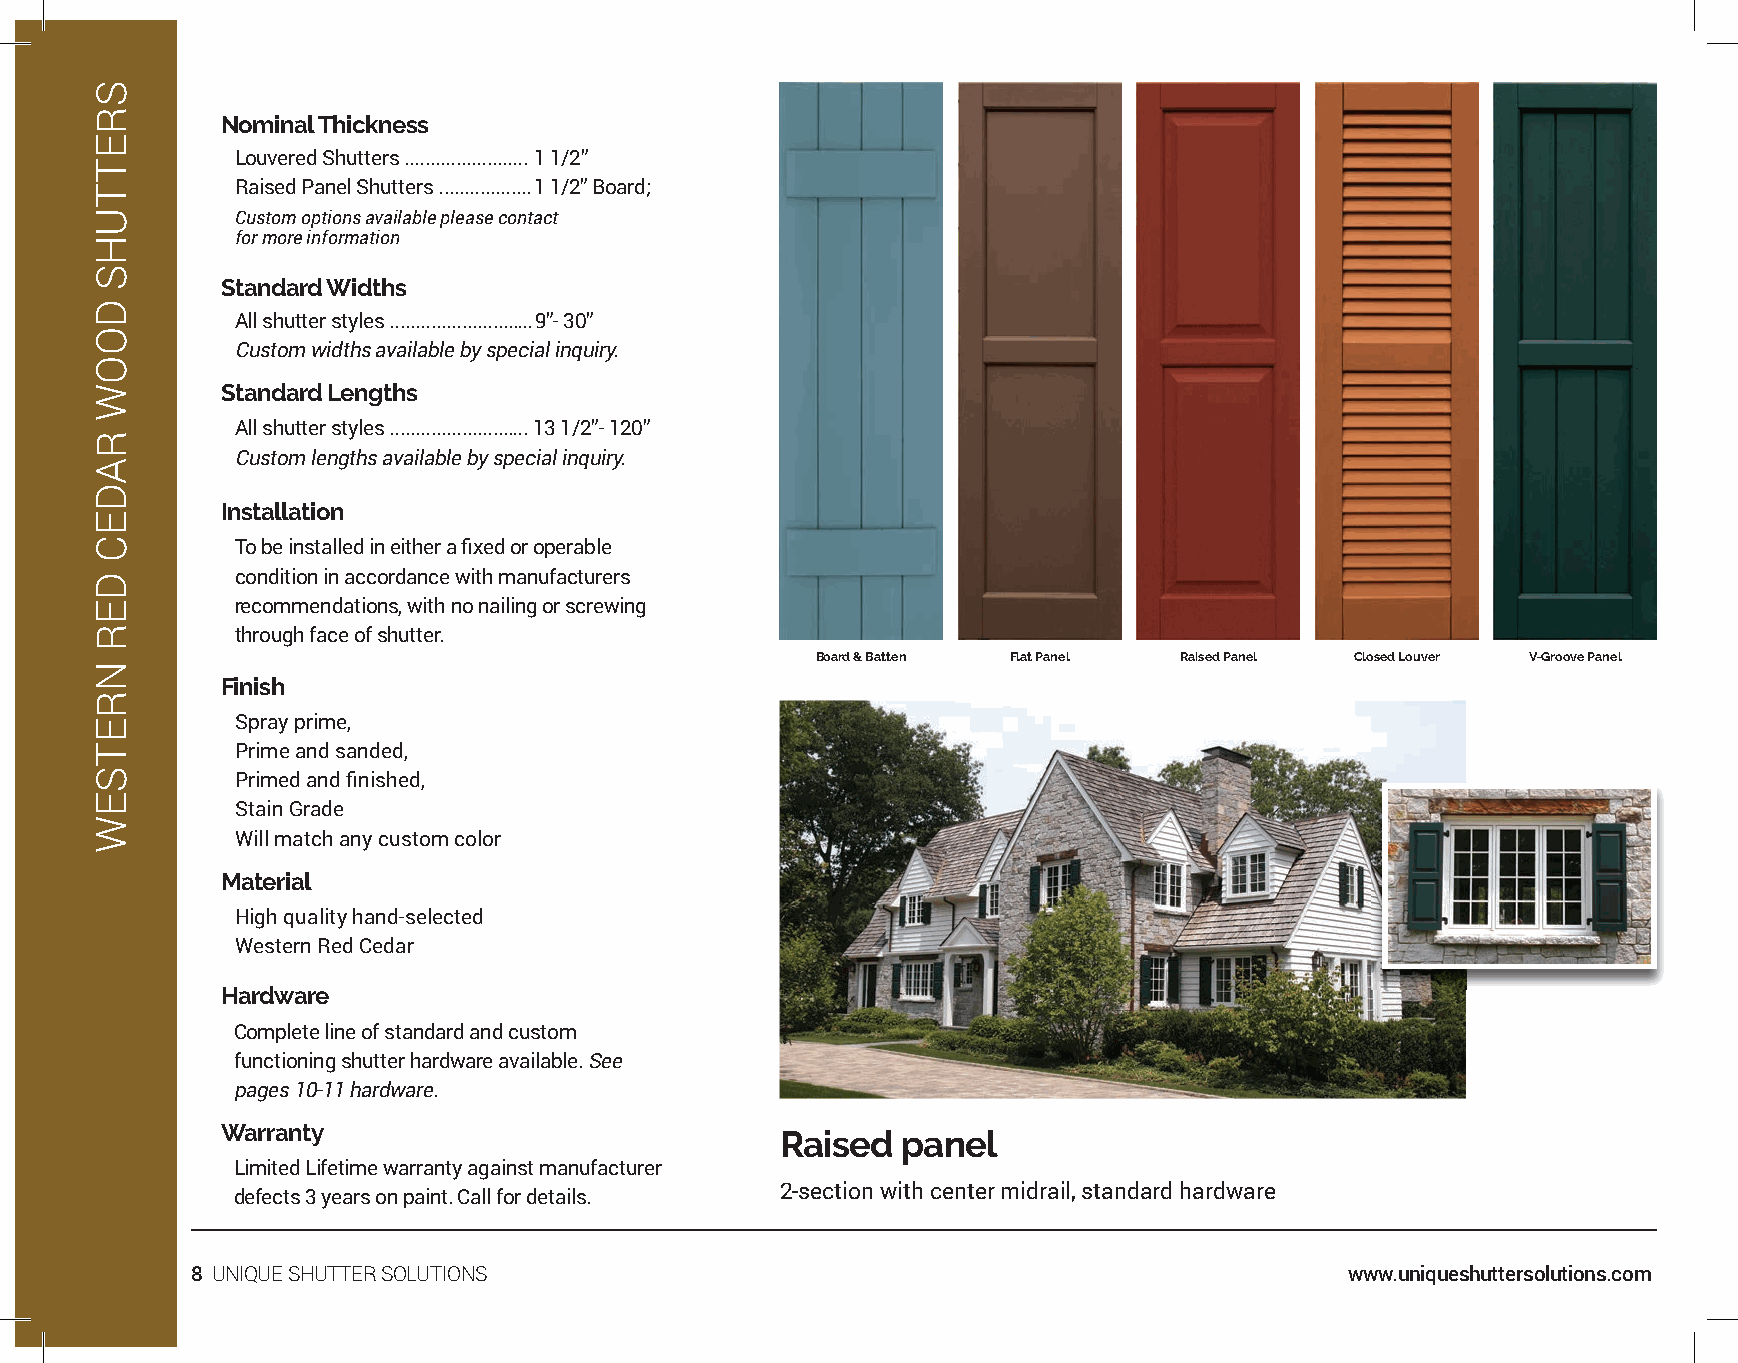
Nominal Thickness
 Louvered Shutters ........................ 1 1/2”
 Raised Panel Shutters .................. 1 1/2” Board;
 Custom options available please contact
 for more information
 Standard Widths
 All shutter styles ............................ 9”- 30”
 Custom widths available by special inquiry.
 Standard Lengths
 All shutter styles ........................... 13 1/2”- 120”
 Custom lengths available by special inquiry.
 Installation
 To be installed in either a fi xed or operable
 condition in accordance with manufacturers
 recommendations, with no nailing or screwing
 through face of shutter.
 Board & Batten Flat Panel Raised Panel Closed Louver V-Groove Panel
 Finish
 Spray prime,
 Prime and sanded,
 Primed and fi nished,
 Stain Grade
 Will match any custom color
 Material
 High quality hand-selected
 Western Red Cedar
 Hardware
 Complete line of standard and custom
 functioning shutter hardware available. See
 pages 10-11 hardware.
 Warranty
 Raised  panel
 Limited Lifetime warranty against manufacturer
 2-section with center midrail, standard hardware
 defects 3 years on paint. Call for details.
 8 UNIQUE SHUTTER SOLUTIONS                                                  www.uniqueshuttersolutions.com
 SRETTUHS
 DOOW
 RADEC
 DER
 NRETSEW